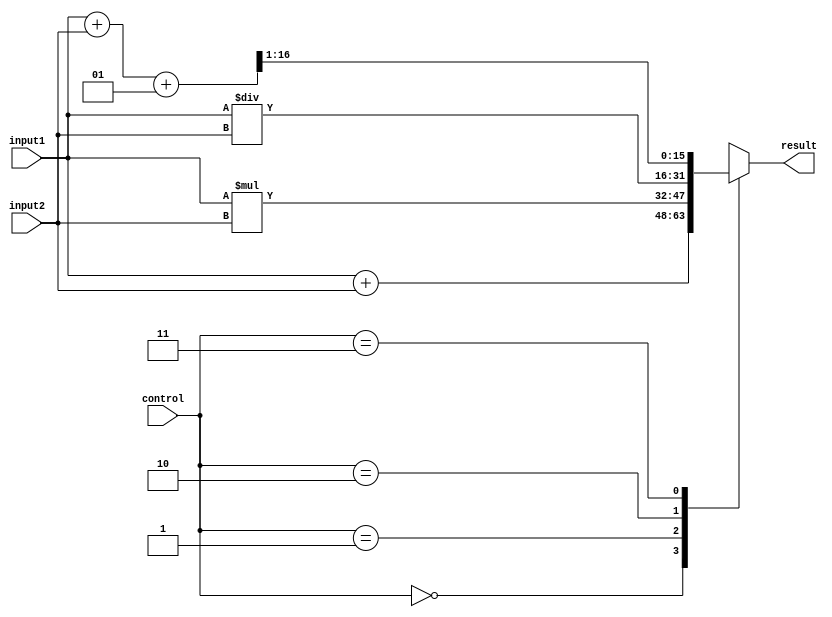
module FixedPointAdder (
    input signed [15:0] input1,
    input signed [15:0] input2,
    input [1:0] control,
    output reg signed [15:0] result
);

// Fixed-point adder
always @(*) begin
    case(control)
        2'b00: result = input1 + input2; // Addition
        2'b01: result = input1 * input2; // Multiplication
        2'b10: result = input1 / input2; // Division
        2'b11: result = (input1 + input2 + 1) >> 1; // Rounding
    endcase
end

endmodule